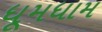
ધૂમધામ